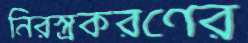
নিরস্ত্রকরণের